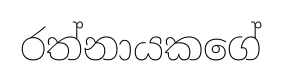
රත්නායකගේ